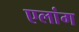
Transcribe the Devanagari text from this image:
एलांग